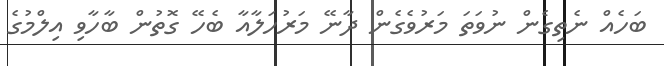
ބަހެއް ނެތިގެން ނުވަތަ މަރުވެގެން ދާނޭ މަރުހަލާއާ ބެހޭ ގޮތުން ބާހާވި އިލްމުގެ